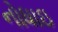
નોધાઇ